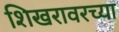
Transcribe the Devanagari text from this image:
शिखरावरच्या